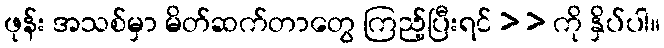
ဖုန်း အသစ်မှာ မိတ်ဆက်တာတွေ ကြည့်ပြီးရင် > > ကို နှိပ်ပါ။